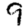
Digit: 9